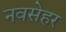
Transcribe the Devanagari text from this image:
नवसेहर